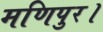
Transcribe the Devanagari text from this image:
मणिपुर।